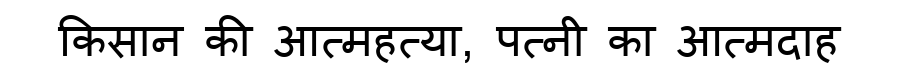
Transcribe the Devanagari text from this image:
किसान की आत्महत्या, पत्नी का आत्मदाह